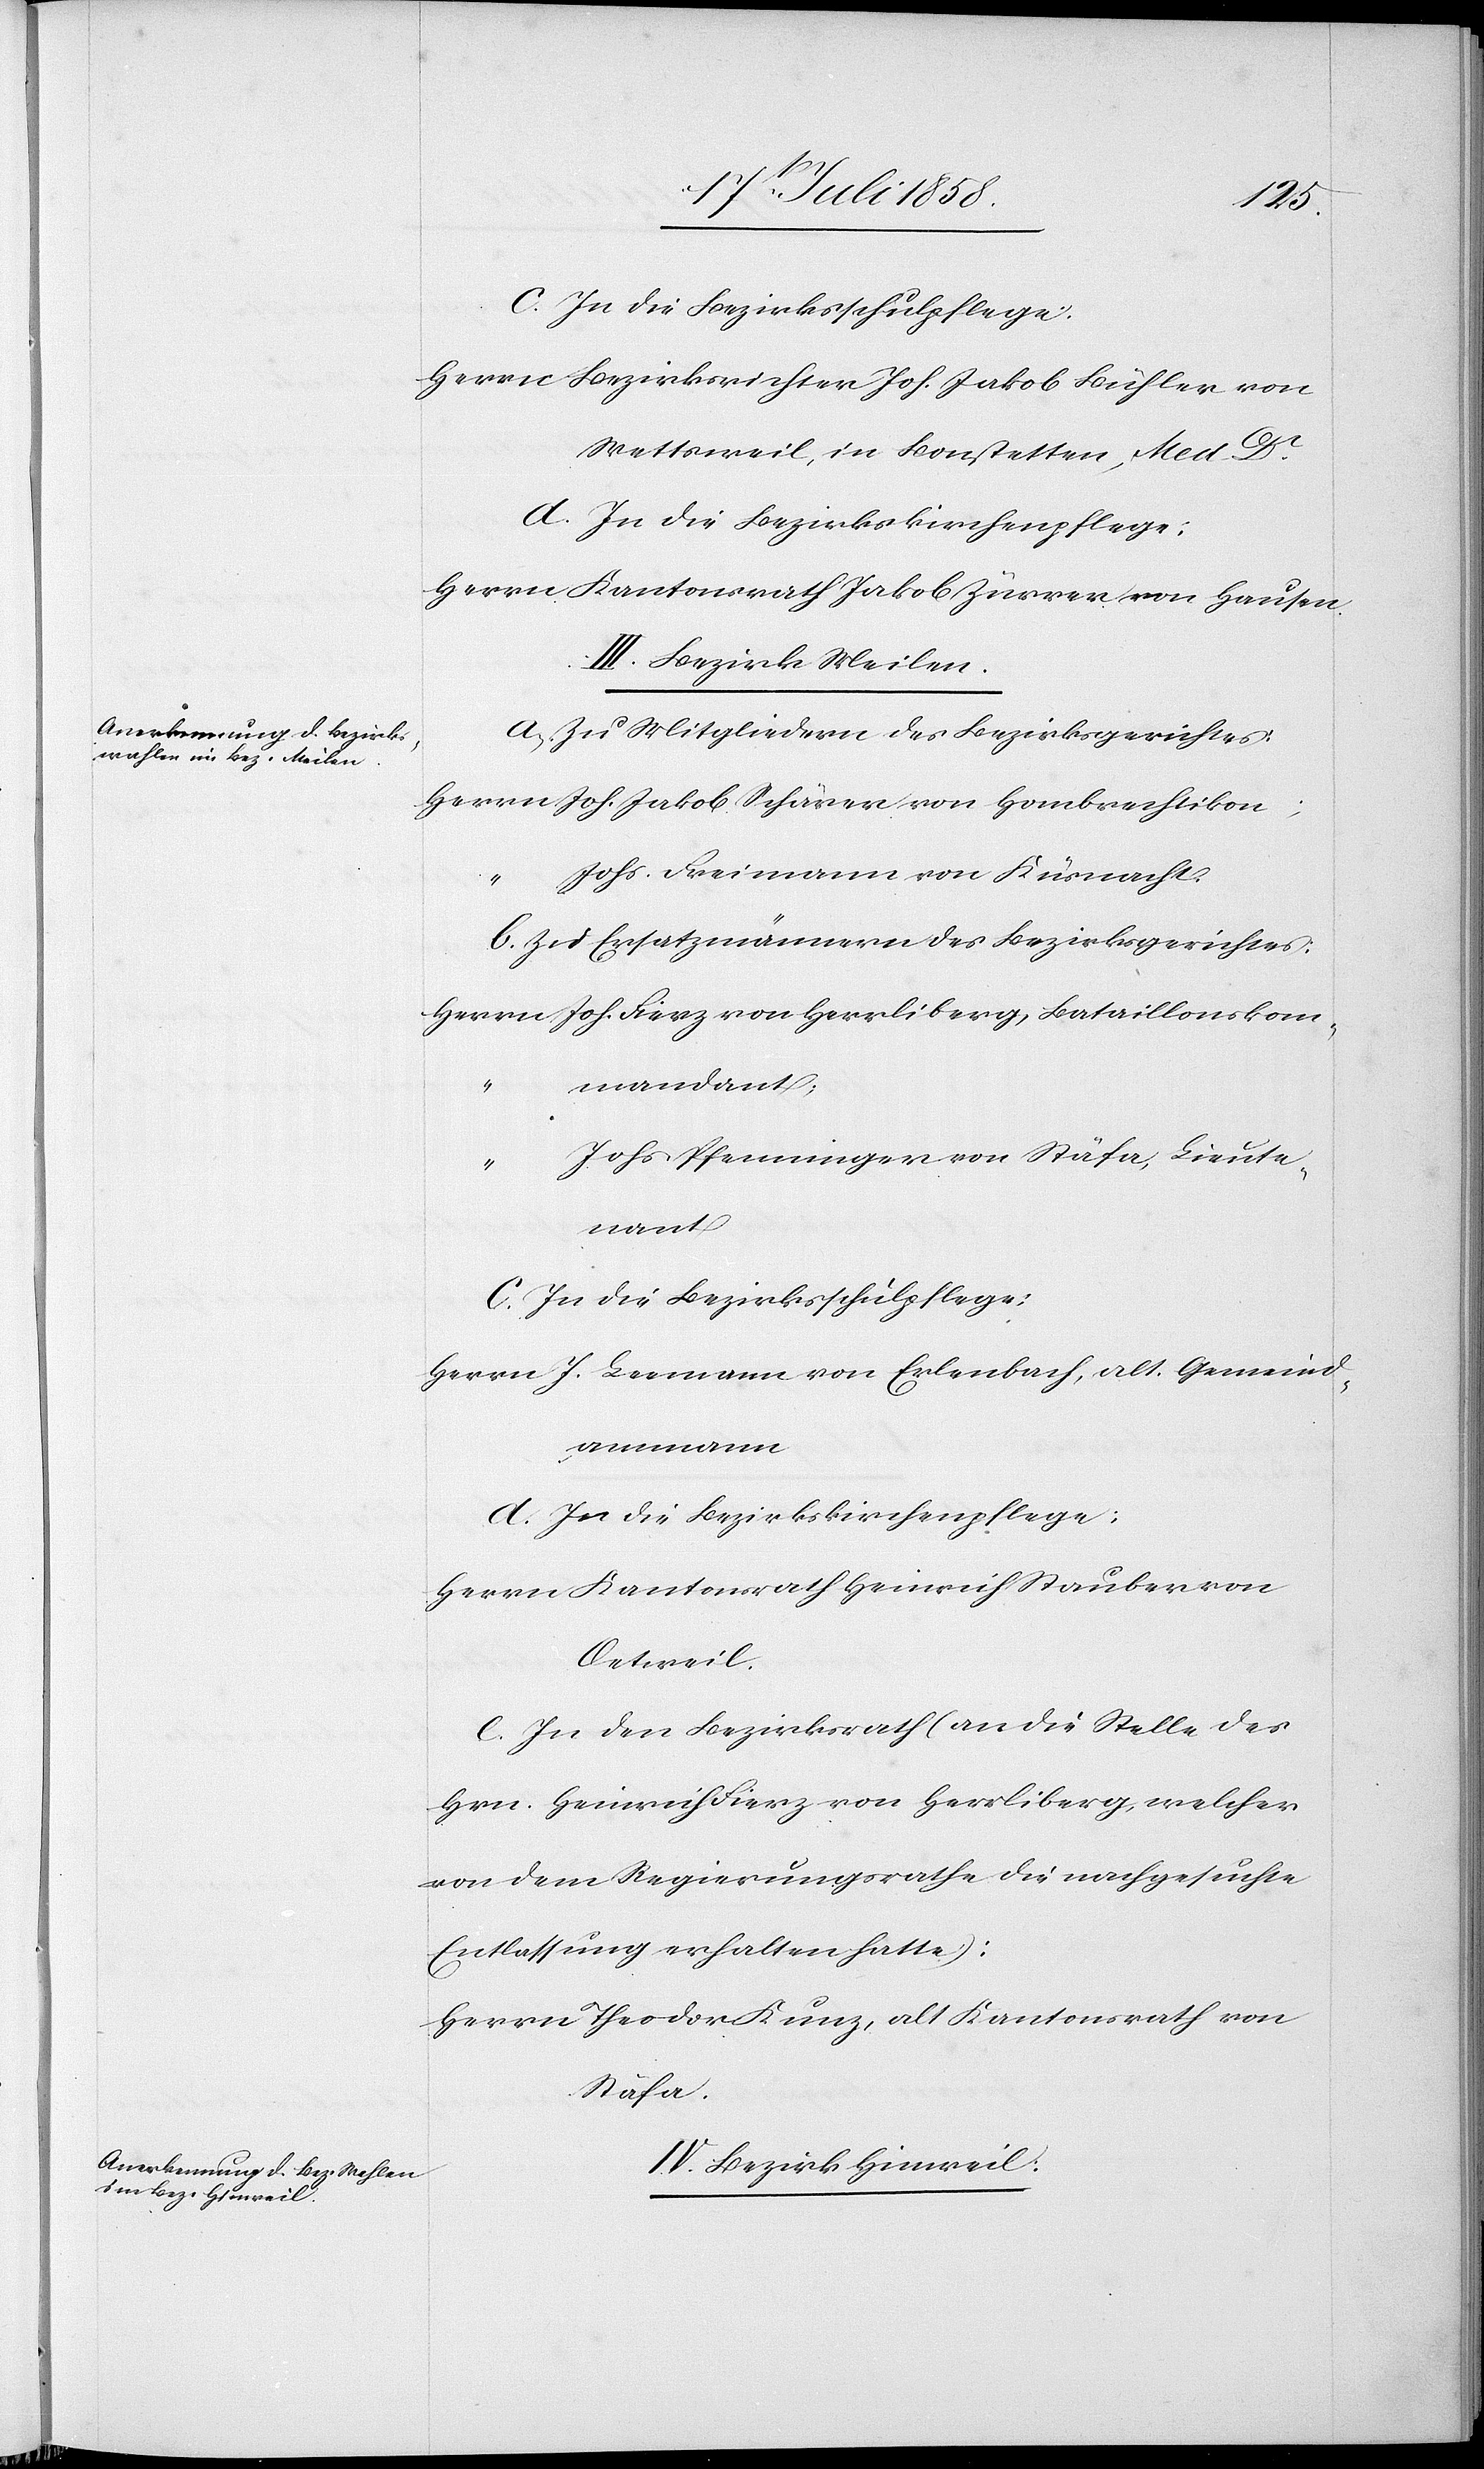
c. In die Bezirksschulpflege:
Herrn Bezirksrichter Joh. Jakob Bühler von
Wettsweil, in Bonstetten, Med. Dr.
Herrn Kantonsrath Jakob Zürrer von Hausen.
III. Bezirk Meilen.
a. Zu Mitgliedern des Bezirksgerichtes:
Herrn Joh. Jakob Schärer von Hombrechtikon;
Johs. Freimann von Küsnacht.
b. Zu Ersatzmännern des Bezirksgerichtes:
Herrn Joh. Fierz von Herrliberg, Bataillonskom¬
mandant;
“
Johs. Pfenninger von Stäfa, Lieute¬
nant
c. In die Bezirksschulpflege:
Herrn J. Leemann von Erlenbach, alt. Gemeind¬
ammann
d. In die Bezirkskirchenpflege:
Herrn Kantonsrath Heinrich Stauber von
Oetweil.
e. In den Bezirksrath (an die Stelle des
Hrn. Heinrich Fierz von Herrliberg, welcher
von dem Regierungsrathe die nachgesuchte
Entlassung erhalten hatte):
Herrn Theodor Kunz, alt Kantonsrath von
Stäfa.
IV. Bezirk Hinweil: